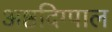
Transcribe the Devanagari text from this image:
अष्टदिग्पाल